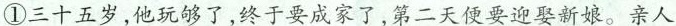
①三十五岁，他玩够了，终于要成家了，第二天便要迎娶新娘。亲人